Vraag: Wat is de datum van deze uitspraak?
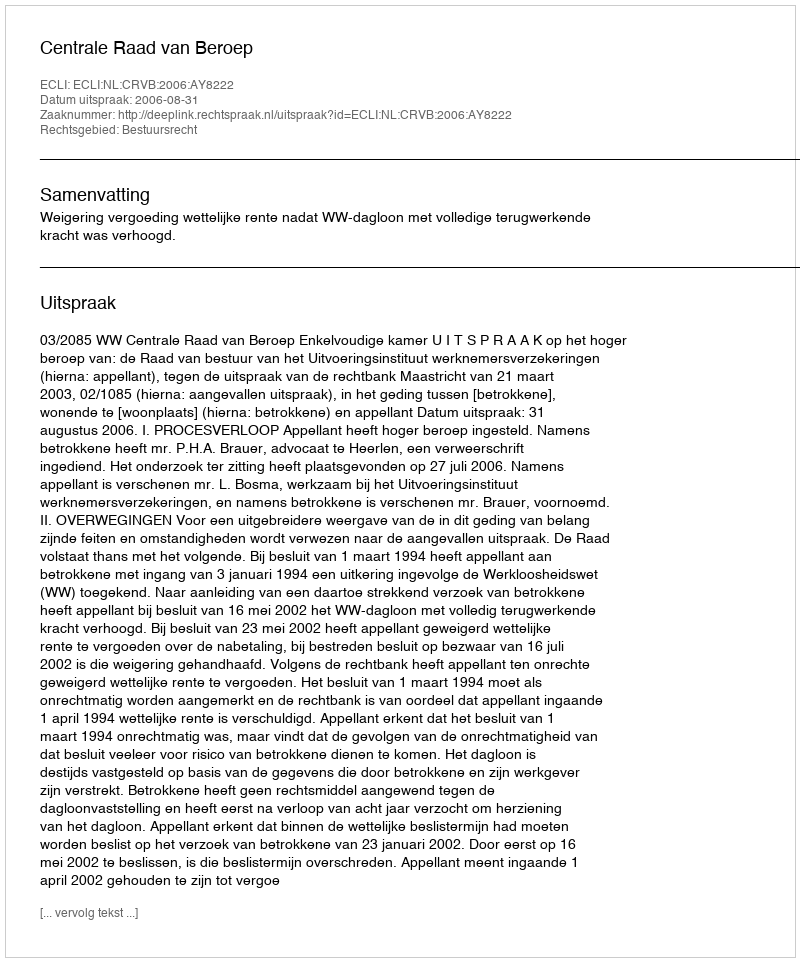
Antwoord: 2006-08-31